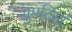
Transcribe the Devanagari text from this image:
गुमटियां